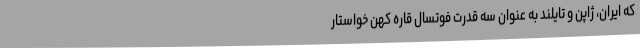
که ایران، ژاپن و تایلند به عنوان سه قدرت فوتسال قاره کهن خواستار